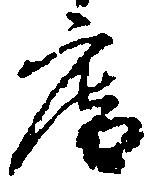
庵